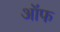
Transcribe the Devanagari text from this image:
ऑफ